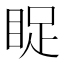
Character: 𱲹